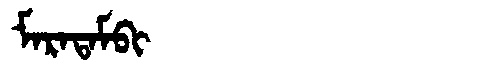
Manchu: ᠮᠠᡵᠠᡨᠠᠮᠪᡳ
Romanization: MARATAMBI